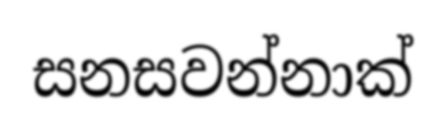
සනසවන්නාක්